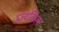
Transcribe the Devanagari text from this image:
प्रज्वळिला